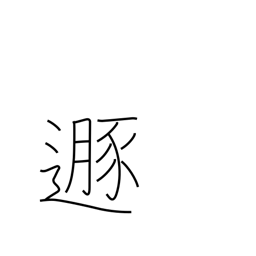
Meaning: flee